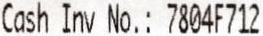
CASH INV NO.: 7804F712